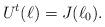
LaTeX: \begin{align*} U^t (\ell) = J(\ell_0).\end{align*}